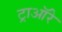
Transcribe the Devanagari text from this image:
ट्राऑरे